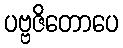
ပဗ္ဗဇိတောပေ